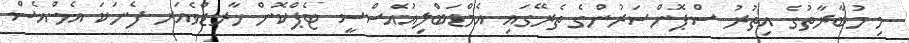
މި މުބާރާތުގެ އިތުރު ސްޕޮންސަރުންގެ ތެރޭގައި އެމްޑަބްލިއުއެސްސީ ޓެޕްކޮން ހާރޑްވެއަރ ފެނަކަ އެމް.އެސް